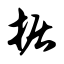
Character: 据